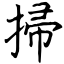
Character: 掃